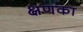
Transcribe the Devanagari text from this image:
क्षणका